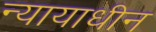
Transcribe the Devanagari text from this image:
न्यायाधीन